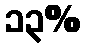
၁၃%